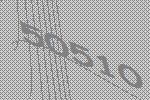
50510